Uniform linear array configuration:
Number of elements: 32
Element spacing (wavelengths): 1
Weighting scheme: hamming
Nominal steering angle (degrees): -30
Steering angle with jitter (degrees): -31.779
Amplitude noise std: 0.05
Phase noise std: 0.05

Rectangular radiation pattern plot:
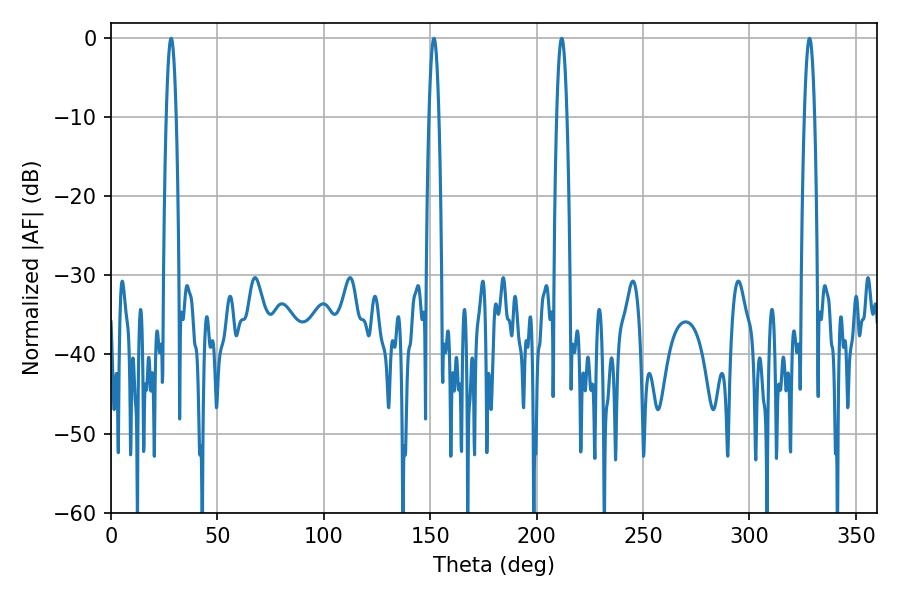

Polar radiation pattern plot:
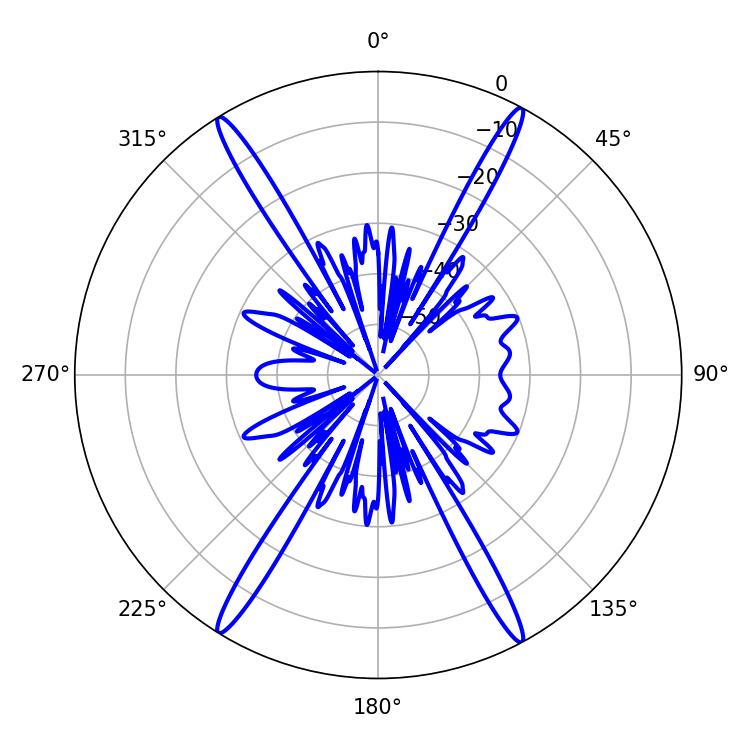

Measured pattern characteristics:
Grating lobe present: TRUE
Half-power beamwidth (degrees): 2.52
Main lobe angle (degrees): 28.26